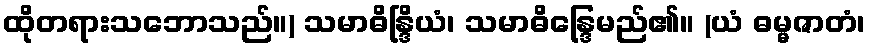
ထိုတရားသဘောသည်။) သမာဓိန္ဒြိယံ၊ သမာဓိန္ဒြေမည်၏။ (ယံ ဓမ္မဇာတံ၊